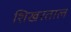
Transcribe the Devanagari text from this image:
शिखरताल